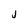
Character: j